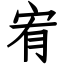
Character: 宥